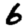
Digit: 6